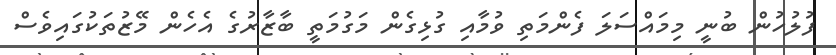
ފުލުހުން ބުނީ މިމައްސަލަ ފެންމަތި ވުމާއި ގުޅިގެން މަގުމަތީ ބާޒާރުގެ އެހެން މޭޒުތަކުގައިވެސް